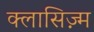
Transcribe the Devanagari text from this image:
क्लासिज़्म